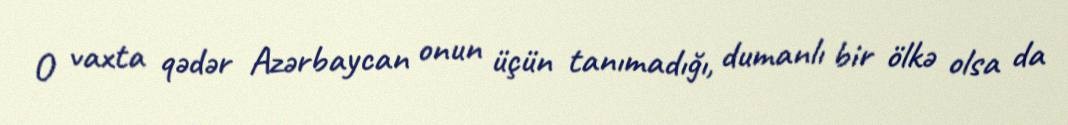
O vaxta qədər Azərbaycan onun üçün tanımadığı, dumanlı bir ölkə olsa da